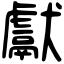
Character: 獻